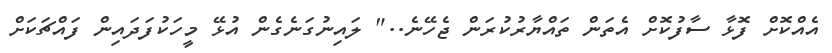
އެއްކޮށް ފޮޅާ ސާފުކޮށް އެތަން ތައްޔާރުކުރަން ޖެހޭނެ.." ލައިނުގަނެގެން އުޅޭ މީހަކުފަދައިން ފައްޗަކަށް